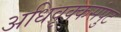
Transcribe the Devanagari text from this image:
अधिवृक्कसंपुट